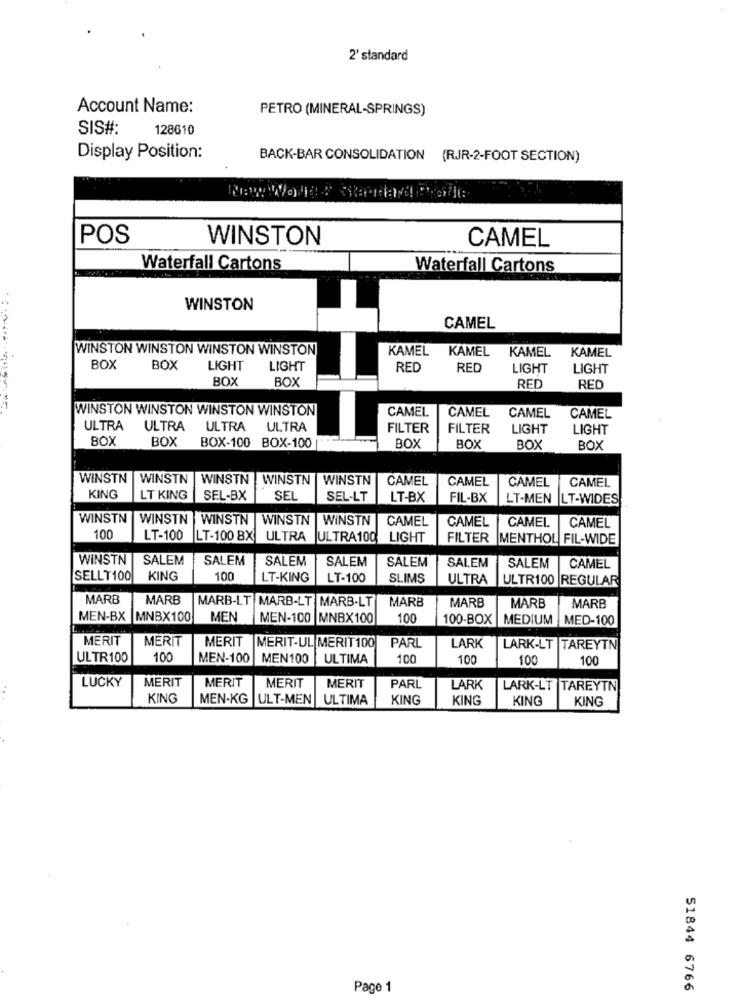
2' standard
Account Name:
PETRO (MINERAL-SPRINGS)
SIS#:
128610
Display Position:
BACK-BAR CONSOLIDATION (RJR-2-FOOT SECTION)
POS
WINSTON
CAMEL
Waterfall Cartons
Waterfall Cartons
WINSTON
CAMEL
WINSTON WINSTON WINSTON WINSTON
KAMEL KAMEL KAMEL
KAMEL
BOX
BOX
LIGHT
LIGHT
RED
RED
LIGHT
LIGHT
BOX
BOX
RED
RED
WINSTON WINSTON WINSTON WINSTON
CAMEL
CAMEL
CAMEL
CAMEL
ULTRA ULTRA
ULTRA
ULTRA
FILTER
FILTER
LIGHT
LIGHT
BOX
BOX
BOX-100 BOX-100
BOX
BOX
BOX
BOX
WINSTN
WINSTN
WINSTN |WINSTN |WINSTN
CAMEL
CAMEL
CAMEL
CAMEL
KING
LT KING
SEL-BX
SEL
SEL-LT
LT-BX
FIL-BX
LT-MEN LT-WIDES
WINSTN |WINSTN |WINSTN | WINSTN
WINSTN
CAMEL
CAMEL
CAMEL
CAMEL
100
LT-100
LT-100 BX ULTRA ULTRA100
LIGHT
FILTER
MENTHOL FIL-WIDE
WINSTN
SALEM
SALEM
SALEM
SALEM
SALEM
SALEM
SALEM
CAMEL
SELLT100
KING
100
LT-KING
LT-100
SLIMS
ULTRA
ULTR100 REGULAR
MARB
MARB
MARB
MARB-LT MARB-LT MARB-LT
MARB
MARB
MARB
MEN-BX MNBX100
MEN
MEN-100 MNBX100
100
100-BOX |MEDIUM MED-100
MERIT
MERIT
MERIT
MERIT-UL MERIT100
PARL
LARK
LARK-LT TAREYTN
ULTR100
100
MEN-100
MEN 100
ULTIMA
100
100
100
100
LUCKY
MERIT
MERIT
MERIT
MERIT
PARL
LARK
LARK-LT TAREYTN
KING
MEN-KG |ULT-MEN ULTIMA
KING
KING
KING
KING
Page 1
51844 6766